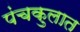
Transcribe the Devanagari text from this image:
पंचकुलात